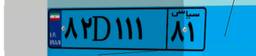
۱۵D۵۹۵۶۲